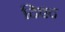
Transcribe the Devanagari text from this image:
दिएद